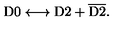
\mathrm { D 0 } \longleftrightarrow \mathrm { D 2 } + { \overline { \mathrm { D 2 } } } .